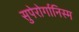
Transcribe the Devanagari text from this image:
सुपेरोर्गानिस्म